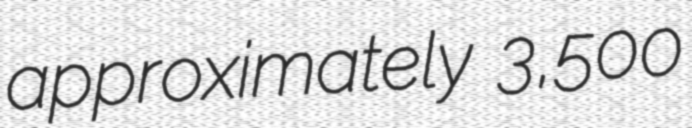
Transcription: approximately 3,500